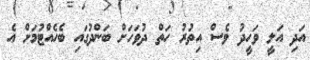
އަދި އަލީ ވަހީދު ވެސް އިތުރު ހަތް ދުވަހަށް ބަންދުގައި ބެހެއްޓުމަށް އެ